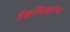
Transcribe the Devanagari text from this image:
वैकल्पिकरित्या